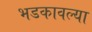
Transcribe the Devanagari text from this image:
भडकावल्या